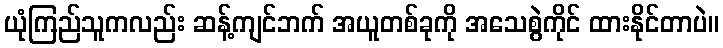
ယုံကြည်သူကလည်း ဆန့်ကျင်ဘက် အယူတစ်ခုကို အသေစွဲကိုင် ထားနိုင်တာပဲ။